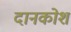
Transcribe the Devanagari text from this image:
दानकोश